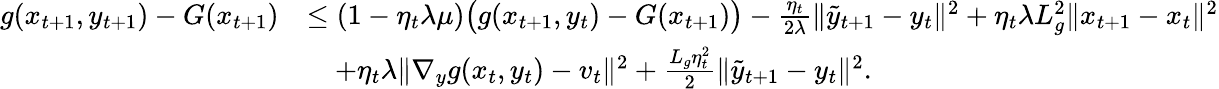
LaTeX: \begin{array}{rl}{g(x_{t+1},y_{t+1})-G(x_{t+1})}&{\leq(1-\eta_{t}\lambda\mu)\big(g(x_{t+1},y_{t})-G(x_{t+1})\big)-\frac{\eta_{t}}{2\lambda}\| \tilde{y}_{t+1}-y_{t}\| ^{2}+\eta_{t}\lambda L_{g}^{2}\| x_{t+1}-x_{t}\| ^{2}}\\ &{\quad+\eta_{t}\lambda\| \nabla_{y}g(x_{t},y_{t})-v_{t}\| ^{2}+\frac{L_{g}\eta_{t}^{2}}{2}\| \tilde{y}_{t+1}-y_{t}\| ^{2}.}\end{array}